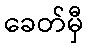
ခေတ်မှီ